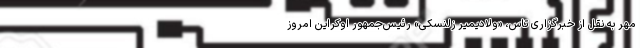
مهر به نقل از خبرگزاری تاس، «ولادیمیر زلنسکی» رئیس‌جمهور اوکراین امروز